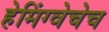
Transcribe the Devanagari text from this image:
हेमिंग्वेचेच